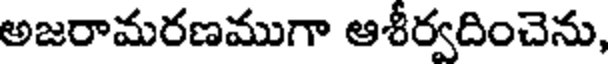
అజరామరణముగా ఆశీర్వదించెను,